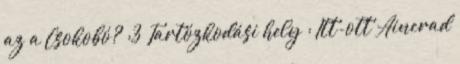
az a Csokobó? :3 Tartózkodási hely : Itt-ott Aincrad